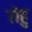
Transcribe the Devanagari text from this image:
रोहु